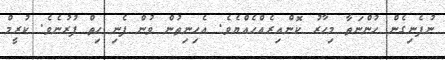
ނުފެނިގެން ހުންނަތާ މިހާރު ކޮންއިރެއްހެއްޔެވެ. އެހިނިތުން ވުން ފެނި ހިތް ފުރުނެވެ. ކުރީމް